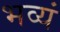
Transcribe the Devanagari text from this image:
भव्यं